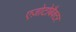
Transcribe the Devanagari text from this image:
एज़ोटोबैक्टर